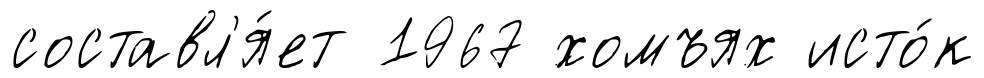
составл'я́ет 1967 ́хомъях исто́к